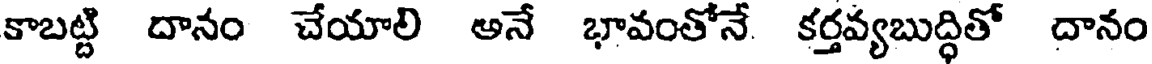
కాబట్టి దానం చేయాలి అనే భావంతోనే కర్తవ్యబుద్ధితో దానం